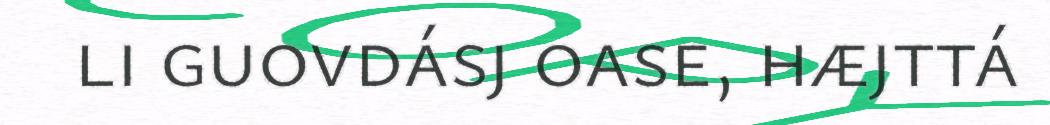
li guovdásj oase, hæjttá